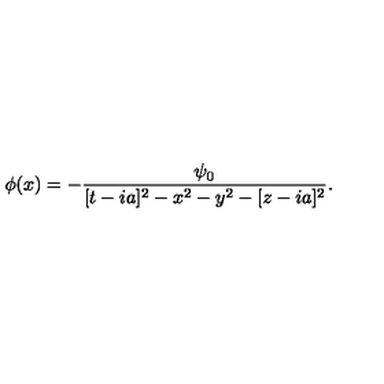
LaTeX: \phi ( x ) = - { \frac { \psi _ { 0 } } { [ t - i a ] ^ { 2 } - x ^ { 2 } - y ^ { 2 } - [ z - i a ] ^ { 2 } } } .